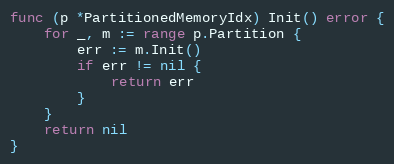
Language: Go
func (p *PartitionedMemoryIdx) Init() error {
	for _, m := range p.Partition {
		err := m.Init()
		if err != nil {
			return err
		}
	}
	return nil
}